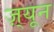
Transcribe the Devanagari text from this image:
ज़्यून